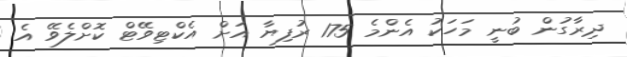
ދިރާގުން ބުނީ މަހަކު އެންމެ 175 ރުފިޔާ އަށް އެކްޓިވޭޓް ކޮށްލެވޭ އެ